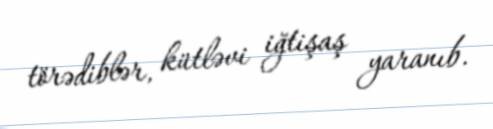
törədiblər, kütləvi iğtişaş yaranıb.